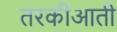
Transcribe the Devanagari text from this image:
तरकीआती